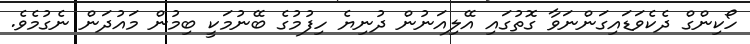
ހޯކިންގް ދެކެވަޑައިގަންނަވާ ގޮތުގައި އޭލިއަނުން ދުނިޔެ ހިފުމުގެ ބޭނުމަކީ ބިމުން މައުދަން ނެގުމެވެ.